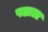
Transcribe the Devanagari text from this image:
पढाता